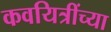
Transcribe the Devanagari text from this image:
कवयित्रींच्या